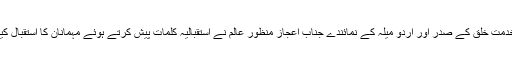
خدمتِ خلق کے صدر اور اُردو میلہ کے نمائندے جناب اعجاز منظور عالم نے استقبالیہ کلمات پیش کرتے ہوئے مہمانان کا استقبال کیا۔